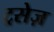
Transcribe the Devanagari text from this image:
ट्रसेज़